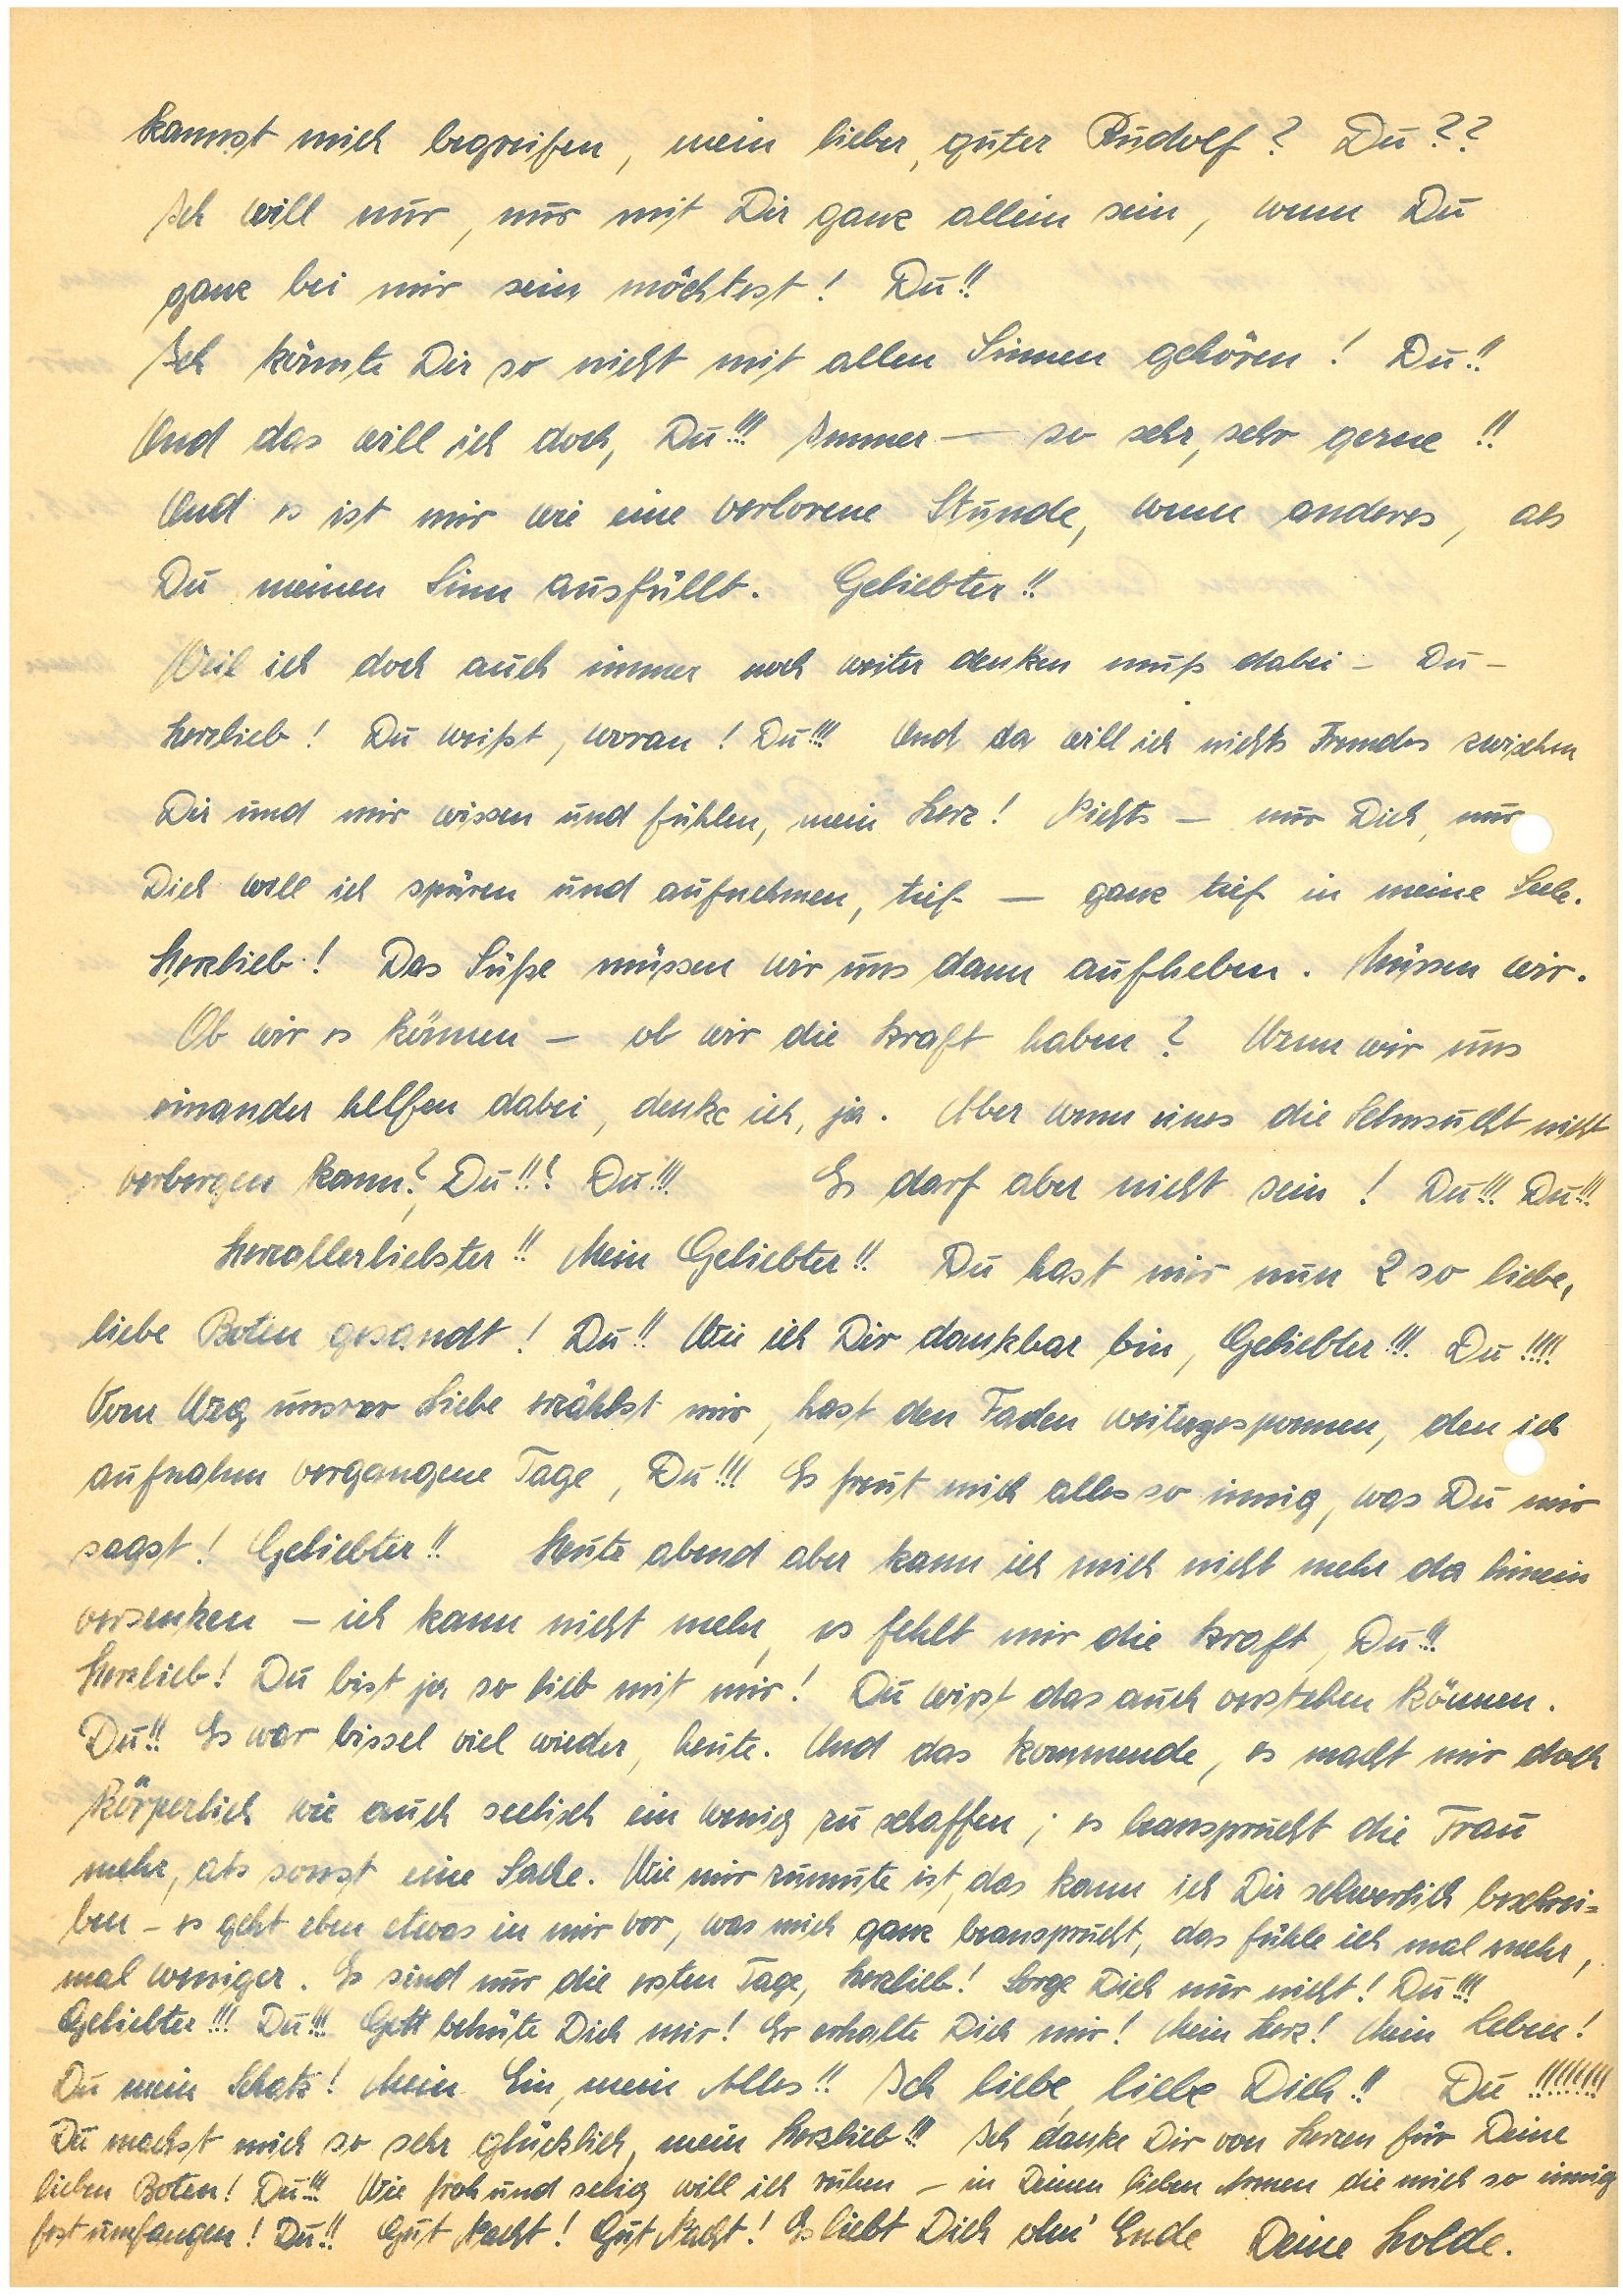
Kannst mich begreifen, mein lieber, guter ? Du??
Ich will nur, nur mit Dir ganz allein sein, wenn Du
ganz bei mir sein möchtest! Du!!
Ich könnte Dir so nicht mit allen Sinnen gehören! Du!!
Und das will ich doch, Du!!! Immer – so sehr, sehr gerne!!
Und es ist mir wie eine verlorene Stunde, wenn anderes als
Du meinen Sinn ausfüllt. Geliebter!!
Weil ich doch auch immer noch weiter denken muß dabei – Du –
Herzlieb! Du weißt, woran! Du!!! Und, da, will ich nichts Fremdes zwischen
Dir und Dir wissen und fühlen, mein Herz! Nichts, – nur Dich, nur
Dich will ich spüren und aufnehmen, tief – ganz tief in meine Seele.
Herzlieb! Das Süße müssen wir uns dann aufheben. Müssen wir.
Ob wir es können – ob wir die Kraft haben? Wenn wir uns
einander helfen dabei, denke ich, ja. Aber wenn eines die Sehnsucht nicht
verbergen kann?, Du!!? Du!!! Es darf aber nicht sein! Du!!! Du!!!
Herzallerliebster!! Mein Geliebter!! Du hast mir nun 2 so liebe,
liebe Boten gesandt! Du!! Wie ich Dir dankbar bin, Geliebter!!! Du!!!!
Vom Weg unsrer Liebe erzählst mir, hast den Faden weitergesponnen, den ich
aufnahm vergangene Tage, Du!!! Es freut mich alles so innig, was Du mir
sagst! Geliebter!! Heute abend aber kann ich mich nicht mehr da hinein
versetzen – ich kann nicht mehr, es fehlt mir die Kraft, Du!!!
Herzlieb! Du bist ja so lieb mit mir! Du wirst das auch verstehen können.
Du!! Es war bissel viel wieder, heute. Und das Kommende, es macht mir doch
körperlich wie auch seelisch ein wenig zu schaffen; es beansprucht die Frau
mehr als sonst eine Sache. Wie mir zu Mute ist, das kann ich Dir schwerlich beschrei¬
ben – es geht eben etwas in mir vor, was mich ganz beansprucht, das fühle ich mal mehr,
mal weniger. Es sind nur die ersten Tage, Herzlieb! Sorge Dich nur nicht! Du!!!
Geliebter!!! Du!!! Gott behüte Dich mir! Er erhalte Dich mir! Mein Herz! Mein Leben!
Du mein Schatz! Mein Ein, mein Alles!! Ich liebe, liebe Dich!! Du!!!!!!!!
Du machst mich so sehr glücklich, mein Herzlieb!!! Ich danke Dir von Herzen für Deine
lieben Boten! Du!!! Wie froh und selig will ich ruhen – in Deinen lieben Armen die mich so innig
fest umfangen! Du!! Gut Nacht! Gut Nacht! Es liebt Dich ohn’ Ende Deine Holde.